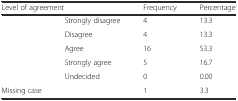
<table><thead><tr><td colspan="2"><b>Level of agreement</b></td><td><b>Frequency</b></td><td><b>Percentage</b></td></tr></thead><tbody><tr><td rowspan="5">[EMPTY_CELL]</td><td>Strongly disagree</td><td>4</td><td>13.3</td></tr><tr><td>Disagree</td><td>4</td><td>13.3</td></tr><tr><td>Agree</td><td>16</td><td>53.3</td></tr><tr><td>Strongly agree</td><td>5</td><td>16.7</td></tr><tr><td>Undecided</td><td>0</td><td>0.00</td></tr><tr><td>Missing case</td><td>[EMPTY_CELL]</td><td>1</td><td>3.3</td></tr></tbody></table>